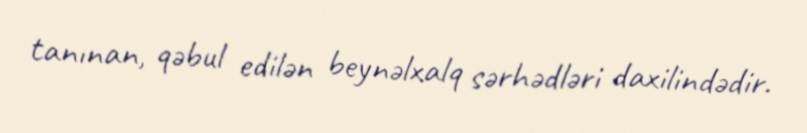
tanınan, qəbul edilən beynəlxalq sərhədləri daxilindədir.